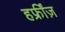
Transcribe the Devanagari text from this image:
हफ्रींज़